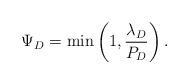
LaTeX: \begin{align*}\Psi_D = \min\left(1, \frac{\lambda_D}{P_D}\right).\end{align*}